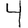
Digit: 4